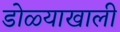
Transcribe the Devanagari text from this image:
डोळ्याखाली